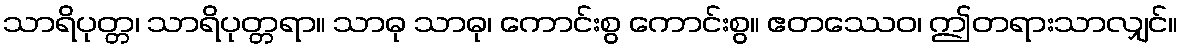
သာရိပုတ္တ၊ သာရိပုတ္တရာ။ သာဓု သာဓု၊ ကောင်းစွ ကောင်းစွ။ ဧတဿေဝ၊ ဤတရားသာလျှင်။